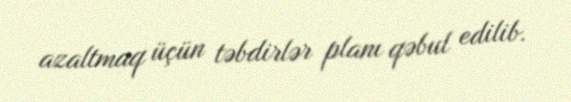
azaltmaq üçün təbdirlər planı qəbul edilib.